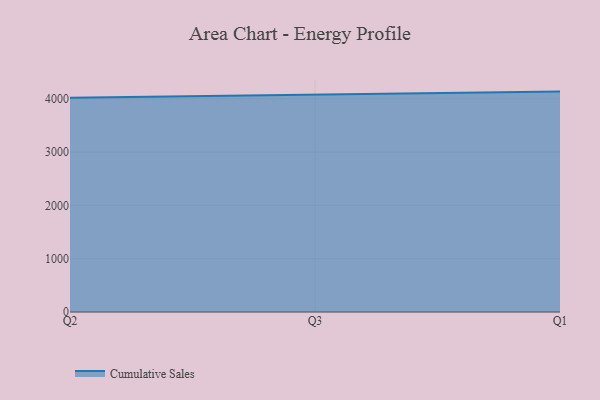
{"axis": {"x": "Quarter", "y": "Churn Rate (%)"}, "legend": ["Cumulative Sales"], "data": [{"x": "Q2", "y": 4022.9, "type": "Cumulative Sales"}, {"x": "Q3", "y": 4074.3, "type": "Cumulative Sales"}, {"x": "Q1", "y": 4136.6, "type": "Cumulative Sales"}]}